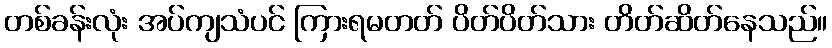
တစ်ခန်းလုံး အပ်ကျသံပင် ကြားရမတတ် ပိတ်ပိတ်သား တိတ်ဆိတ်နေသည်။